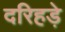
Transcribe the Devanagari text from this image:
दरिहड़े